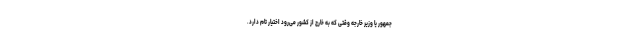
جمهور یا وزیر خارجه وقتی که به خارج از کشور می‌رود اختیار تام دارد.